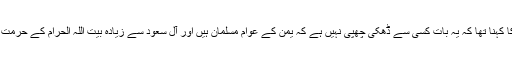
علی کاظمی کا کہنا تھا کہ یہ بات کسی سے ڈھکی چھپی نہیں ہے کہ یمن کے عوام مسلمان ہیں اور آل سعود سے زیادہ بیت اللہ الحرام کے حرمت کے قائل ہیں۔